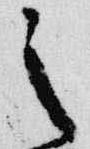
之